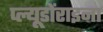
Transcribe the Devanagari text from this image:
प्ल्यूडोंराइना